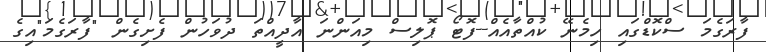
ފާރަގެމަ ސްކޮޑްގައި ހިމެނޭ ކުއްތާއެއް--ފޮޓޯ ޕޮލިސް މިއަންނަ އާދީއްތަ ދުވަހުން ފެށިގެން "ފާރަގެމަ"އިގެ